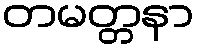
တမတ္တနာ